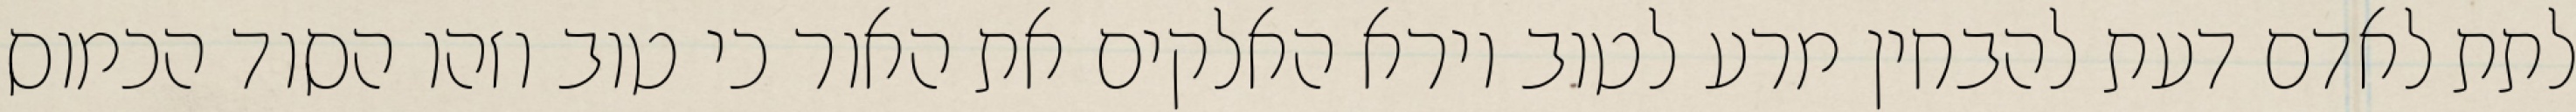
לתת לאדם דעת להבחין מרע לטוב וירא האלקים את האור כי טוב וזהו הסוד הכמוס